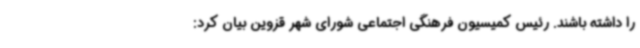
را داشته باشند. رئیس کمیسیون فرهنگی اجتماعی شورای شهر قزوین بیان کرد: